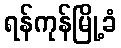
ရန်ကုန်မြို့ခံ